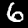
Digit: 6